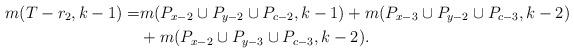
LaTeX: \begin{align*} m(T-r_{2},k-1)=&m(P_{x-2}\cup P_{y-2}\cup P_{c-2},k-1)+m(P_{x-3}\cup P_{y-2}\cup P_{c-3},k-2)\\&+m(P_{x-2}\cup P_{y-3}\cup P_{c-3},k-2).\end{align*}